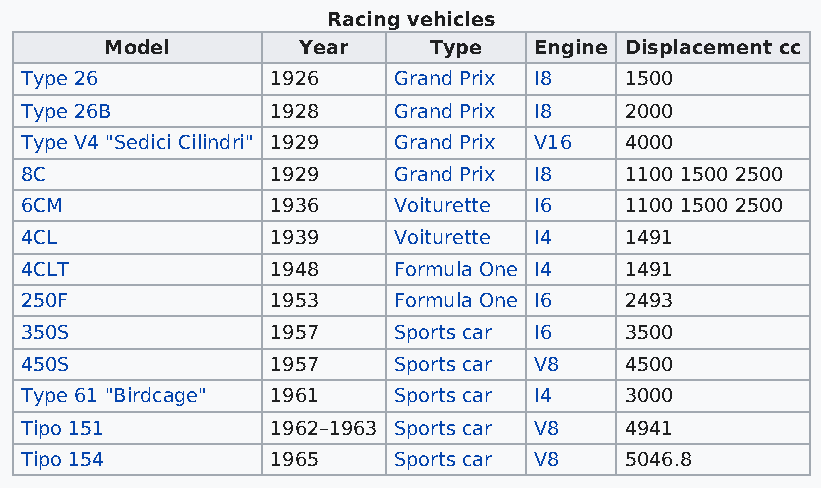
Racing vehicles
 Model        Year    Type   Engine Displacement cc
 Type 26          1926    Grand Prix I8  1500
 Type 26B         1928    Grand Prix I8  2000
 Type V4 "Sedici Cilindri" 1929 Grand Prix V16 4000
 8C               1929    Grand Prix I8  1100 1500 2500
 6CM              1936    Voiturette I6  1100 1500 2500
 4CL              1939    Voiturette I4  1491
 4CLT             1948    Formula One I4 1491
 250F             1953    Formula One I6 2493
 350S             1957    Sports car I6  3500
 450S             1957    Sports car V8  4500
 Type 61 "Birdcage" 1961  Sports car I4  3000
 Tipo 151         1962–1963 Sports car V8 4941
 Tipo 154         1965    Sports car V8  5046.8